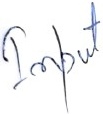
Text: Input